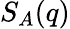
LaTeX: S_{A}(q)